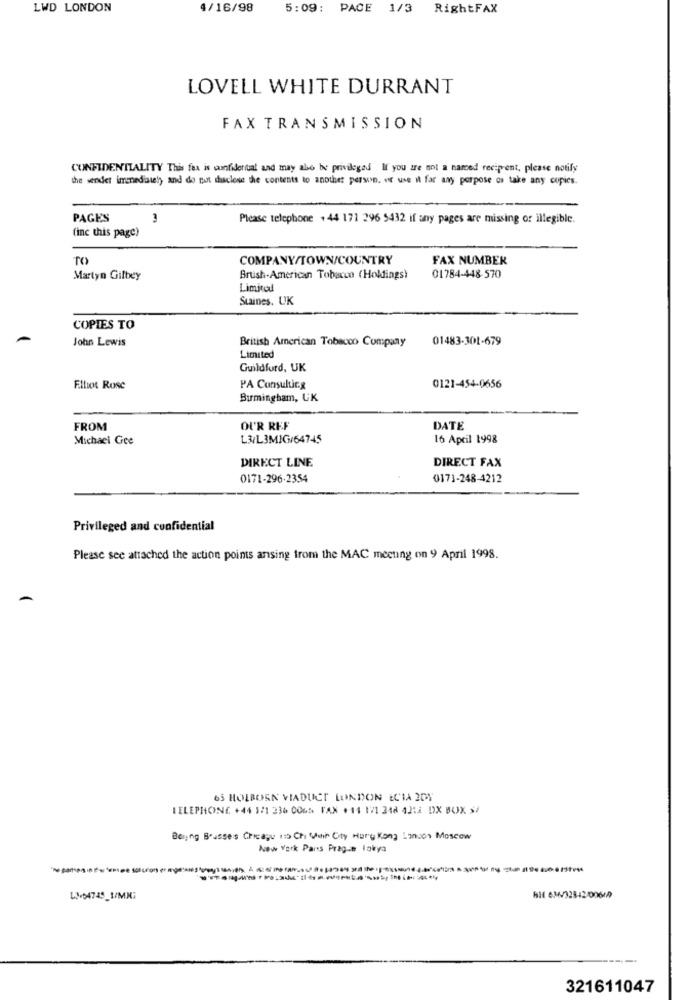
LWD LONDON
4/16/98
5:09: PACE 1/3 RightFAX
LOVELL WHITE DURRANT
FAX TRANSMISSION
CONFIDENTIALITY This fax is confidential and may also be privileged If you are not a narced recipient, please notify
the sender immediately and do not disclose the contents to another person, or use it for any purpose or take any copies.
PAGES
Please telephone + 44 171 296 5432 if any pages are missing or illegible.
(inc this page)
TO
COMPANY/TOWN/COUNTRY
FAX NUMBER
Martyn Gilbey
Brush-American Tobacco (Holdings}
01784-448-570
Limited
Staines. UK
COPIES TO
John Lewis
British American Tobacco Company
01483-301-679
Limited
Guildford, UK
Elliot Rose
PA Consulting
0121-454-0656
Birmingham, UK
FROM
OUR REF
DATE
Michaci Gee
L3/L3MIG/64745
16 April 1998
DIRECT LINE
DIRECT FAX
0171-296-2354
0173-248-4212
Privileged and confidential
Please see attached the action points ansing from the MAC meeting on 9 April 1998.
65 HOLBORN VIADUCT LONDON ECIA IDY
TELEPHONE +44 1/1 236 0065 FAX +11 171 348 43LA DX BOX S/
Beijing Boasses Chicagu 115 Chi With Oty Hong Kong Lancos Moscow
New York Parts Prague lokya
LM64745_1/MN;
BH 63432842-00617
321611047